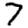
Digit: 7